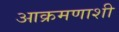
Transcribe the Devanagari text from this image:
आक्रमणाशी